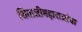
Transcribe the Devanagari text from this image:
शिवाजीमहाराजांचा